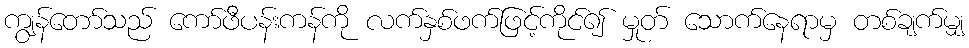
ကျွန်တော်သည် ကော်ဖီပန်းကန်ကို လက်နှစ်ဖက်ဖြင့်ကိုင်၍ မှုတ် သောက်နေရာမှ တစ်ချက်မျှ